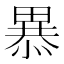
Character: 𭻥